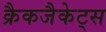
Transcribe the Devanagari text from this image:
क्रैकजैकेट्स